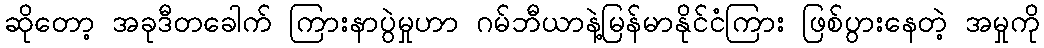
ဆိုတော့ အခုဒီတခေါက် ကြားနာပွဲမှုဟာ ဂမ်ဘီယာနဲ့မြန်မာနိုင်ငံကြား ဖြစ်ပွားနေတဲ့ အမှုကို